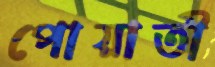
পোয়াতী